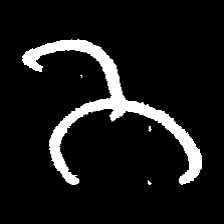
Pyu character \u2014 Myanmar letter: ဘ (romanized: bha)